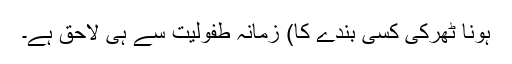
ہونا ٹھرکی کسی بندے کا) زمانہ طفولیت سے ہی لاحق ہے۔